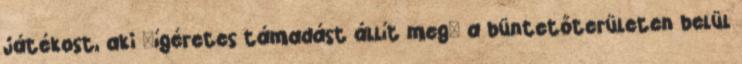
játékost, aki 'ígéretes támadást állít meg' a büntetőterületen belül